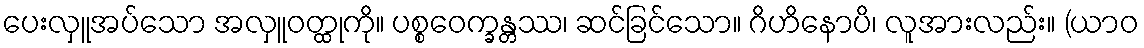
ပေးလှူအပ်သော အလှူဝတ္ထုကို။ ပစ္စဝေက္ခန္တဿ၊ ဆင်ခြင်သော။ ဂိဟိနောပိ၊ လူအားလည်း။ (ယာဝ